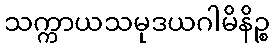
သက္ကာယသမုဒယဂါမိနိဉ္စ